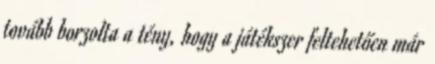
tovább borzolta a tény, hogy a játékszer feltehetően már